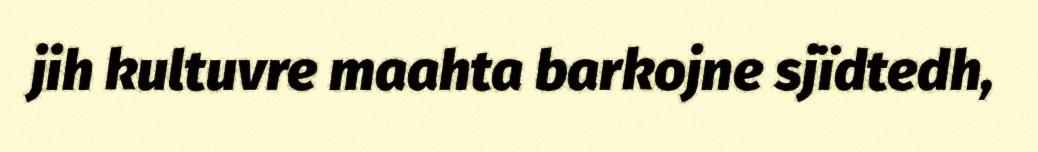
jih kultuvre maahta barkojne sjïdtedh,